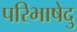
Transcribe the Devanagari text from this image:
परिभाषेदु